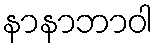
နာနာဘာဝါ